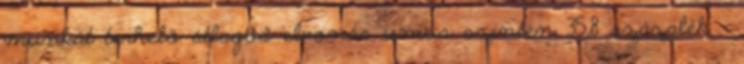
munkát terhelő átlagos elvonás uniós szinten 35,8 százalék -